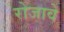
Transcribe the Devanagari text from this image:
रोजावे